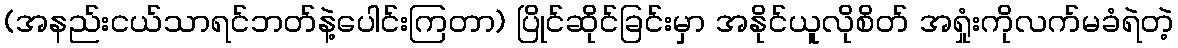
(အနည်းငယ်သာရင်ဘတ်နဲ့ပေါင်းကြတာ) ပြိုင်ဆိုင်ခြင်းမှာ အနိုင်ယူလိုစိတ် အရှုံးကိုလက်မခံရဲတဲ့